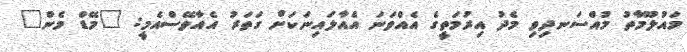
މައުލޫމާތު މުއްސަނދިވި މެދު އިރުމަތީގެ އެއްވަނަ އެއާލައިނަކަށް ގަތަރު އެއާވޭސްއެމީ: "މޭޑް މެން"